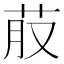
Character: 𮎭